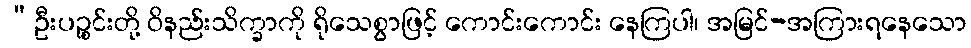
“ဦးပဉ္စင်းတို့ ဝိနည်းသိက္ခာကို ရိုသေစွာဖြင့် ကောင်းကောင်း နေကြပါ၊ အမြင်-အကြားရနေသော